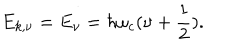
E _ { k , \nu } = E _ { \nu } = \hbar \omega _ { c } ( \nu + \frac { 1 } { 2 } ) .